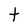
Character: t